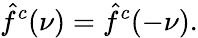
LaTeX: {\hat{f}}^{c}(\nu)={\hat{f}}^{c}(-\nu).